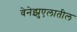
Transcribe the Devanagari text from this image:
वेनेझुएलातील